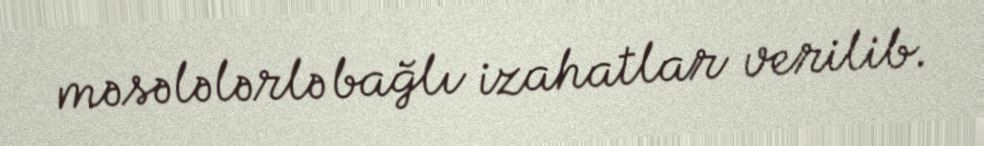
məsələlərlə bağlı izahatlar verilib.